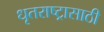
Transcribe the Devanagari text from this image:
धृतराष्ट्रासाठी